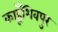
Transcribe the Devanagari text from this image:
काहूँशिवपुर